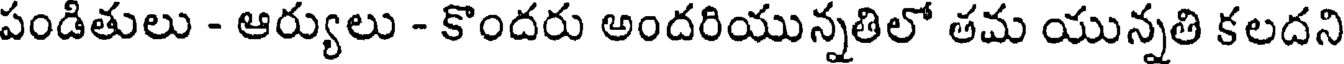
పండితులు - ఆర్యులు - కొందరు అందరియున్నతిలో తమ యున్నతి కలదని